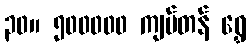
၃၀။ ၅၀၀၀၀၀ ကျပ်တန် ရွှေ